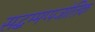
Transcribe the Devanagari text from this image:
सद्धम्मप्पजोतिक